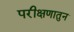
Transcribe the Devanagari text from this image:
परीक्षणातुन